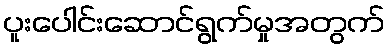
ပူးပေါင်းဆောင်ရွက်မှုအတွက်